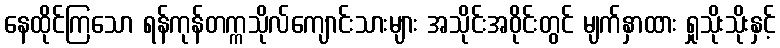
နေထိုင်ကြသော ရန်ကုန်တက္ကသိုလ်ကျောင်းသားများ အသိုင်းအဝိုင်းတွင် မျက်နှာထား ရှုသိုးသိုးနှင့်